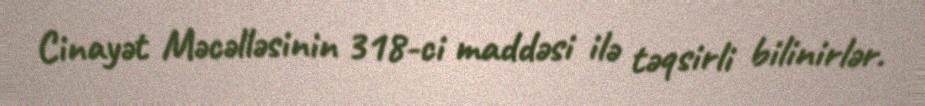
Cinayət Məcəlləsinin 318-ci maddəsi ilə təqsirli bilinirlər.